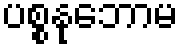
ပစ္စနုဘောမ